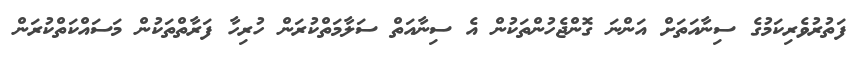
ފަތުރުވެރިކަމުގެ ސިނާއަތަށް އަންނަ ގޮންޖެހުންތަކުން އެ ސިނާއަތް ސަލާމަތްކުރަން ހުރިހާ ފަރާތްތަކުން މަސައްކަތްކުރަން